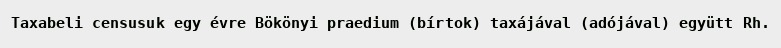
Taxabeli censusuk egy évre Bökönyi praedium (bírtok) taxájával (adójával) együtt Rh.